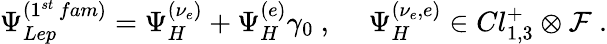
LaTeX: \Psi_{Lep}^{(1^{st}\, fam)}=\Psi_{H}^{(\nu_{e})}+\Psi_{H}^{(e)}\gamma_{0}~,~~~~~\Psi_{H}^{(\nu_{e},e)}\in Cl_{1,3}^{+}\otimes{\cal F}~.